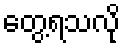
တွေ့ရသလို